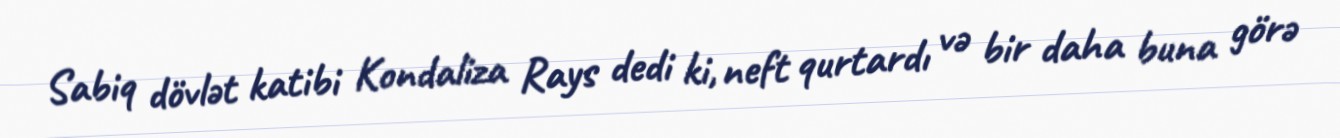
Sabiq dövlət katibi Kondaliza Rays dedi ki, neft qurtardı və bir daha buna görə